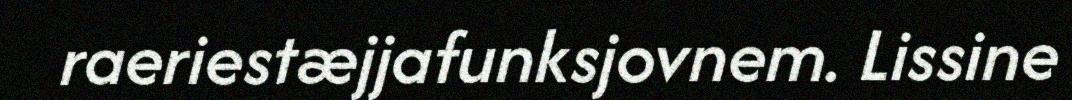
raeriestæjjafunksjovnem. Lissine